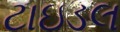
ટાઇડલ